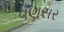
વણસર